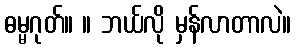
ဓမ္မဂုတ်။ ။ ဘယ်လို မှန်လာတာလဲ။